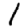
Digit: 1